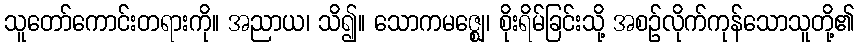
သူတော်ကောင်းတရားကို။ အညာယ၊ သိ၍။ သောကမဇ္ဈေ၊ စိုးရိမ်ခြင်းသို့ အစဉ်လိုက်ကုန်သောသူတို့၏